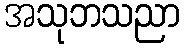
အသုဘသညာ